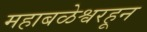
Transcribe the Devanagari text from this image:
महाबळेश्वरहून